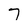
Character: 7